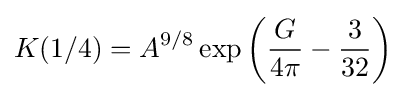
K(1/4)=A^{9/8}\exp \left({\frac {G}{4\pi }}-{\frac {3}{32}}\right)